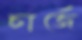
চার্জে